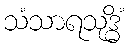
သံသာရသုဒ္ဓိံ